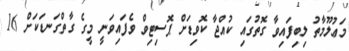
މަޢުލޫމާތު ލިބިފައިވާ ގޮތުގައި ކުއްޖާ ކޮވިޑަށް ޕޮސިޓިވް ވެފައިވަނީ މީގެ ގާތްގަނޑަކަށް 16